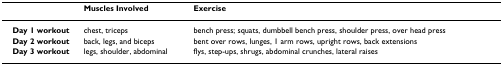
<table><thead><tr><td></td><td><b>Muscles Involved</b></td><td><b>Exercise</b></td></tr></thead><tbody><tr><td><b>Day 1 workout</b></td><td>chest, triceps</td><td>bench press; squats, dumbbell bench press, shoulder press, over head press</td></tr><tr><td><b>Day 2 workout</b></td><td>back, legs, and biceps</td><td>bent over rows, lunges, 1 arm rows, upright rows, back extensions</td></tr><tr><td><b>Day 3 workout</b></td><td>legs, shoulder, abdominal</td><td>flys, step-ups, shrugs, abdominal crunches, lateral raises</td></tr></tbody></table>